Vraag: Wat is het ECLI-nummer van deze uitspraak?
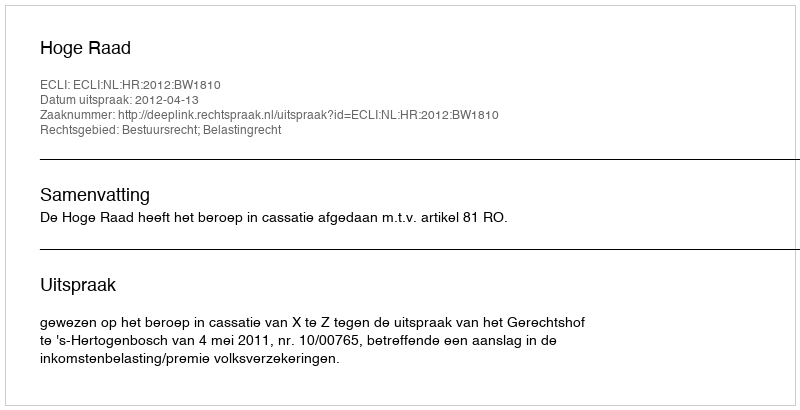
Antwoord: ECLI:NL:HR:2012:BW1810